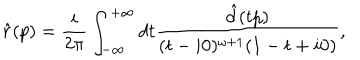
\hat { r } ( p ) = \frac { i } { 2 \pi } \int _ { - \infty } ^ { + \infty } d t \frac { \hat { d } ( t p ) } { ( t - i 0 ) ^ { \omega + 1 } ( 1 - t + i 0 ) } ,